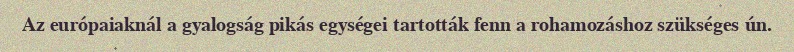
Az európaiaknál a gyalogság pikás egységei tartották fenn a rohamozáshoz szükséges ún.